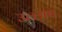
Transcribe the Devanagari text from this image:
उल्लाष